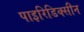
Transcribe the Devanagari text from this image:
पाइरिडिक्सीन